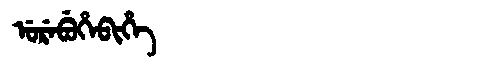
Manchu: ᡠᡵᡝᠪᡠᡥᡝᠪᡳᡥᡝ
Romanization: UREBUHEBIHE